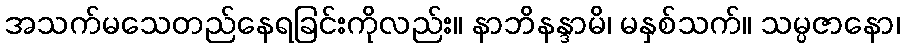
အသက်မသေတည်နေရခြင်းကိုလည်း။ နာဘိနန္ဒာမိ၊ မနှစ်သက်။ သမ္ပဇာနော၊